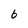
Character: 6